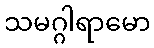
သမဂ္ဂါရာမော